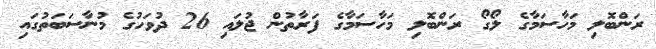
ރަންބޮލި މަހާސަމާގެ ލޯގޯ ރަންބޮލި މަހާސަމާގެ ފަރާތުން ޖުލައި 26 ދުވަހުގެ މުނާސަބަތުގައި